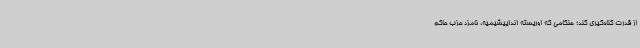
از قدرت کناه‌گیری کند؛ هنگامی که اوریسته انداییشیمیه، نامزد حزب حاکم